Indian journal of veterinary science and animal husbandry - Volume 11,
Year: 1941
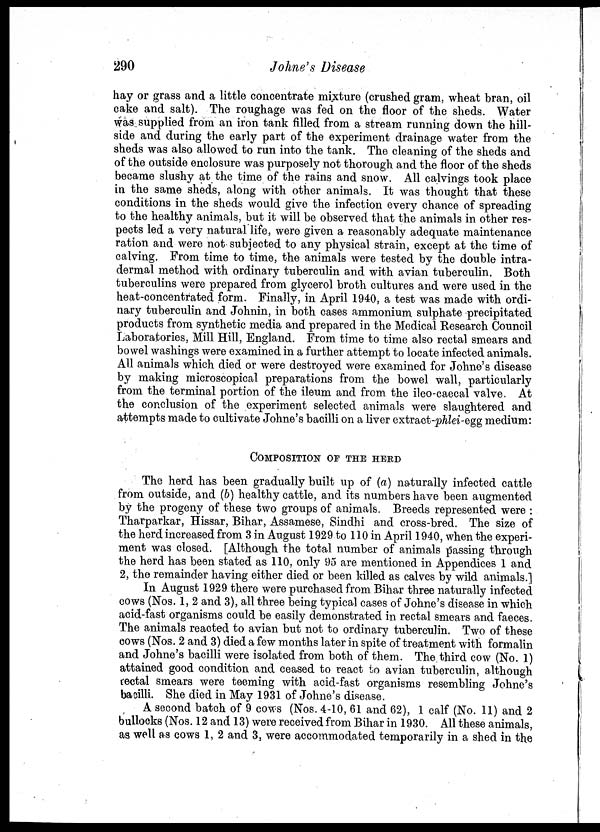
290
Johne's Disease
hay or grass and a little concentrate mixture (crushed gram, wheat bran, oil
cake and salt). The roughage was fed on the floor of the sheds. Water
was supplied from an iron tank filled from a stream running down the hill-
side and during the early part of the experiment drainage water from the
sheds was also allowed to run into the tank. The cleaning of the sheds and
of the outside enclosure was purposely not thorough and the floor of the sheds
became slushy at the time of the rains and snow. All calvings took place
in the same sheds, along with other animals. It was thought that these
conditions in the sheds would give the infection every chance of spreading
to the healthy animals, but it will be observed that the animals in other res-
pects led a very natural life, were given a reasonably adequate maintenance
ration and were not subjected to any physical strain, except at the time of
calving. From time to time, the animals were tested by the double intra-
dermal method with ordinary tuberculin and with avian tuberculin. Both
tuberculins were prepared from glycerol broth cultures and were used in the
heat-concentrated form. Finally, in April 1940, a test was made with ordi-
nary tuberculin and Johnin, in both cases ammonium sulphate precipitated
products from synthetic media and prepared in the Medical Research Council
Laboratories, Mill Hill, England. From time to time also rectal smears and
bowel washings were examined in a further attempt to locate infected animals.
All animals which died or were destroyed were examined for Johne's disease
by making microscopical preparations from the bowel wall, particularly
from the terminal portion of the ileum and from the ileo-caecal valve. At
the conclusion of the experiment selected animals were slaughtered and
attempts made to cultivate Johne's bacilli on a liver extract-phlei-egg medium:
COMPOSITION OF THE HERD
The herd has been gradually built up of (a) naturally infected cattle
from outside, and (b) healthy cattle, and its numbers have been augmented
by the progeny of these two groups of animals. Breeds represented were :
Tharparkar, Hissar, Bihar, Assamese, Sindhi and cross-bred. The size of
the herd increased from 3 in August 1929 to 110 in April 1940, when the experi-
ment was closed. [Although the total number of animals passing through
the herd has been stated as 110, only 95 are mentioned in Appendices 1 and
2, the remainder having either died or been killed as calves by wild animals.]
In August 1929 there were purchased from Bihar three naturally infected
cows (Nos. 1, 2 and 3), all three being typical cases of Johne's disease in which
acid-fast organisms could be easily demonstrated in rectal smears and faeces.
The animals reacted to avian but not to ordinary tuberculin. Two of these
cows (Nos. 2 and 3) died a few months later in spite of treatment with formalin
and Johne's bacilli were isolated from both of them. The third cow (No. 1)
attained good condition and ceased to react to avian tuberculin, although
rectal smears were teeming with acid-fast organisms resembling Johne's
bacilli. She died in May 1931 of Johne's disease.
A second batch of 9 cows (Nos. 4-10, 61 and 62), 1 calf (No. 11) and 2
bullocks (Nos. 12 and 13) were received from Bihar in 1930. All these animals,
as well as cows 1, 2 and 3, were accommodated temporarily in a shed in the